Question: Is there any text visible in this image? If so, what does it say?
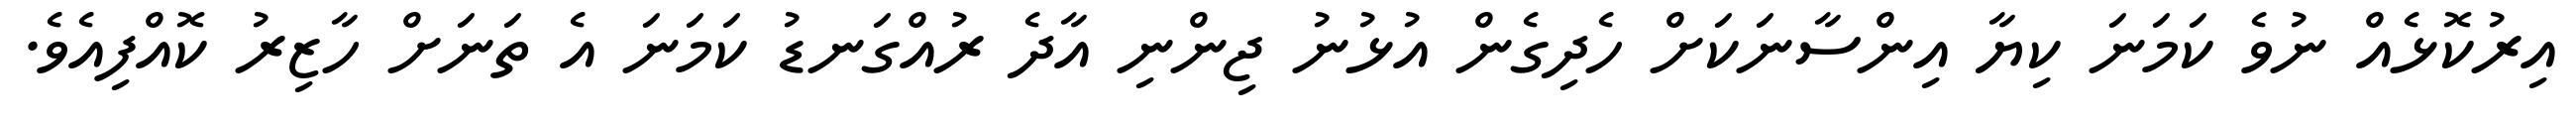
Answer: އިރުކޮޅެއް ނުވެ ކަމަނަ ކިޔާ އިންސާނަކަށް ހެދިގެން އުޅުނު ޖިންނި އާދެ ރުއްގަނޑު ކަމަނަ އެ ތަނަށް ހާޒިރު ކޮއްފިއެވެ.